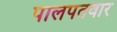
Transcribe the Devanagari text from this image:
पालपतवार